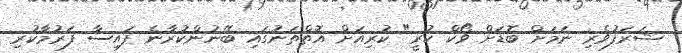
ޝަރަފުވެރި ނަމަށް ބޮޑަށް ވޯކް ކުރީ" ކުރިއަށް އޮތްތަނުގައި ބޭނުންކުރާނެ ފައިސާ ފަރުމާކުރި